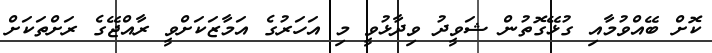
ކޮށް ބޭއްވުމާއި ގުޅޭގޮތުން ޝަވީދު ވިދާޅުވީ މި އަހަރުގެ އަމާޒަކަށްވީ ރާއްޖޭގެ ރަށްތަކަށް